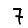
Digit: 7